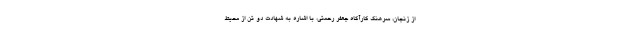
از زنجان، سرهنگ کارآگاه جعفر رحمتی، با اشاره به شهادت دو تن از محیط